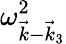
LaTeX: \omega_{\vec{k}-\vec{k}_{3}}^{2}